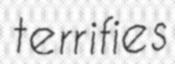
terrifies